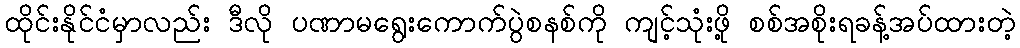
ထိုင်းနိုင်ငံမှာလည်း ဒီလို ပဏာမရွေးကောက်ပွဲစနစ်ကို ကျင့်သုံးဖို့ စစ်အစိုးရခန့်အပ်ထားတဲ့